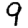
Digit: 9